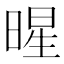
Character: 暒